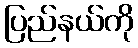
ပြည်နယ်ကို